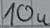
Text: 10u